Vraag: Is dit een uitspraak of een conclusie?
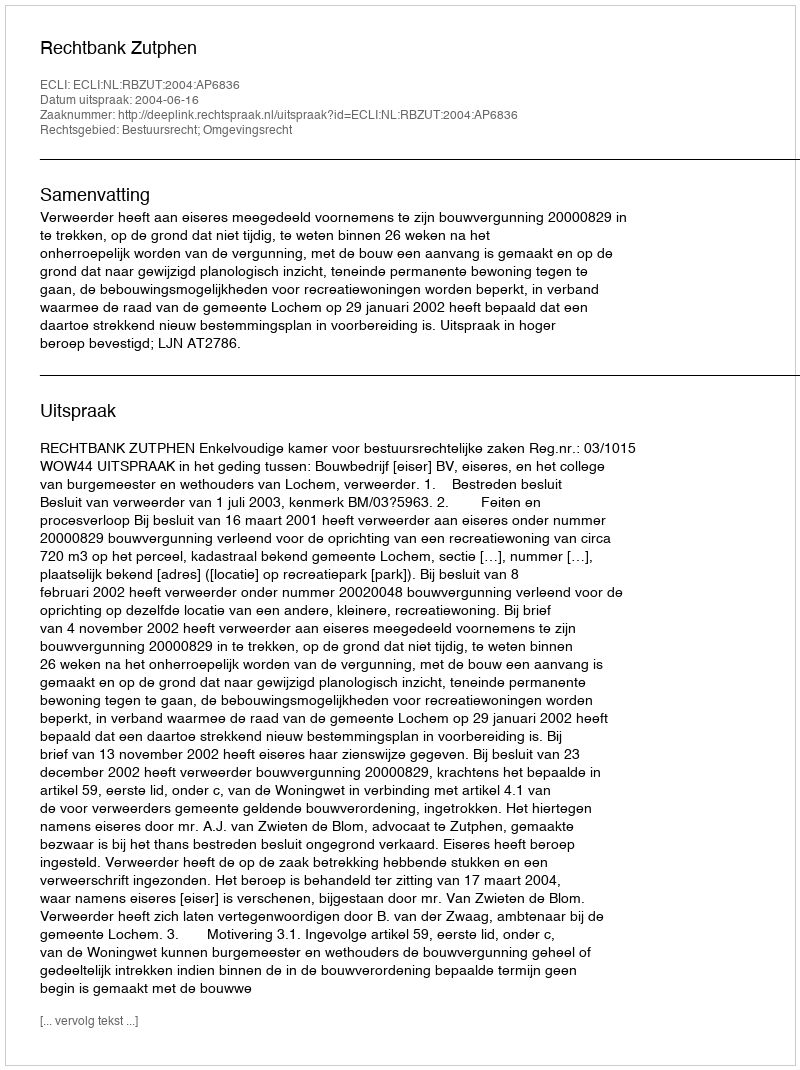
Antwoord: Uitspraak